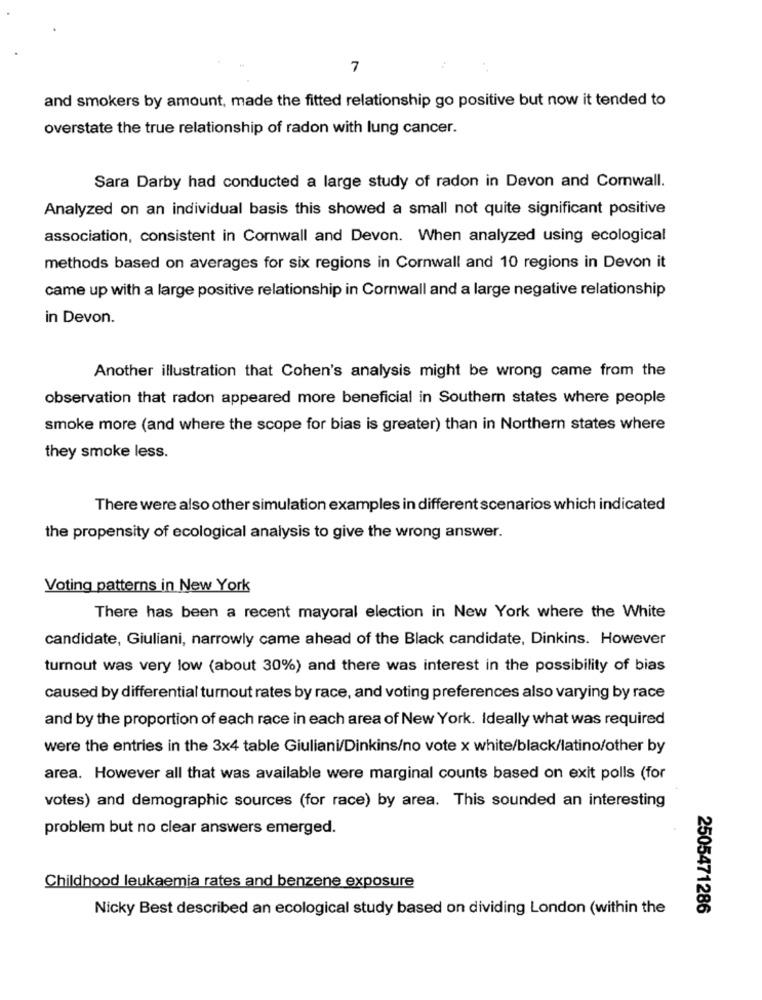
7
and smokers by amount, made the fitted relationship go positive but now it tended to
overstate the true relationship of radon with lung cancer.
Sara Darby had conducted a large study of radon in Devon and Comwall.
Analyzed on an individual basis this showed a small not quite significant positive
association, consistent in Cornwall and Devon. When analyzed using ecological
methods based on averages for six regions in Cornwall and 10 regions in Devon it
came up with a large positive relationship in Cornwall and a large negative relationship
in Devon.
Another illustration that Cohen's analysis might be wrong came from the
observation that radon appeared more beneficial in Southern states where people
smoke more (and where the scope for bias is greater) than in Northern states where
they smoke less.
There were also other simulation examples in different scenarios which indicated
the propensity of ecological analysis to give the wrong answer.
Voting patterns in New York
There has been a recent mayoral election in New York where the White
candidate, Giuliani, narrowly came ahead of the Black candidate, Dinkins. However
turnout was very low (about 30%) and there was interest in the possibility of bias
caused by differential turnout rates by race, and voting preferences also varying by race
and by the proportion of each race in each area of New York. Ideally what was required
were the entries in the 3x4 table Giuliani/Dinkins/no vote x white/black/latino/other by
area. However all that was available were marginal counts based on exit polls (for
votes) and demographic sources (for race) by area. This sounded an interesting
problem but no clear answers emerged.
Childhood leukaemia rates and benzene exposure
Nicky Best described an ecological study based on dividing London (within the
2505471286